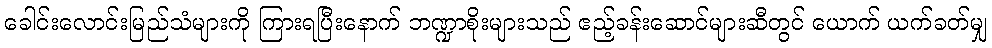
ခေါင်းလောင်းမြည်သံများကို ကြားရပြီးနောက် ဘဏ္ဍာစိုးများသည် ဧည့်ခန်းဆောင်များဆီတွင် ယောက် ယက်ခတ်မျှ